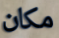
مكان